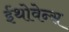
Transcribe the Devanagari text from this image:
ईंथोवेन्स